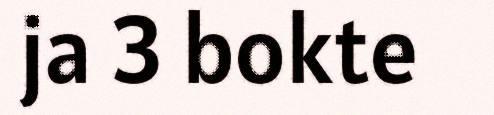
ja 3 bokte